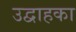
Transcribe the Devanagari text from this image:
उद्वाहका